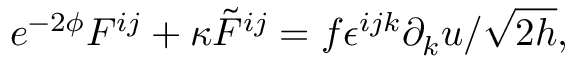
e ^ { - 2 \phi } F ^ { i j } + \kappa { \tilde { F } } ^ { i j } = f \epsilon ^ { i j k } \partial _ { k } u / \sqrt { 2 h } ,